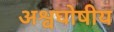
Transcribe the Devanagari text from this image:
अश्वघोषीय